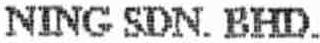
NING SDN. BHD.